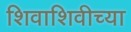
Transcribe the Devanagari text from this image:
शिवाशिवीच्या